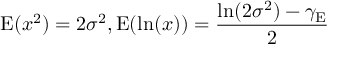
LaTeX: \operatorname { E } ( x ^ { 2 } ) = 2 \sigma ^ { 2 } , \operatorname { E } ( \ln ( x ) ) = { \frac { \ln ( 2 \sigma ^ { 2 } ) - \gamma _ { \mathrm { E } } } { 2 } }